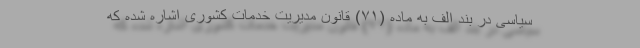
سیاسی در بند الف به ماده (۷۱) قانون مدیریت خدمات کشوری اشاره شده که